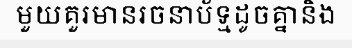
មួយគួរមានរចនាប័ទ្មដូចគ្នានិង